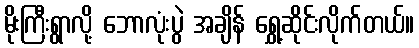
မိုးကြီးရွာလို့ ဘောလုံးပွဲ အချိန် ရွှေ့ဆိုင်းလိုက်တယ်။